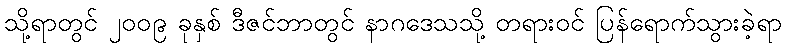
သို့ရာတွင် ၂၀၀၉ ခုနှစ် ဒီဇင်ဘာတွင် နာဂဒေသသို့ တရားဝင် ပြန်ရောက်သွားခဲ့ရာ